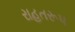
રાહતરૂપ